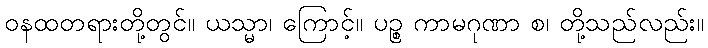
ဝနထတရားတို့တွင်။ ယသ္မာ၊ ကြောင့်။ ပဉ္စ ကာမဂုဏာ စ၊ တို့သည်လည်း။